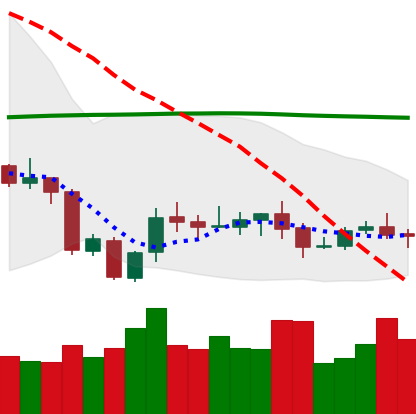
Ticker: XLM-USD
Chart end date: 2020-10-07
Forward return: 7.444%
Label: up_7plus